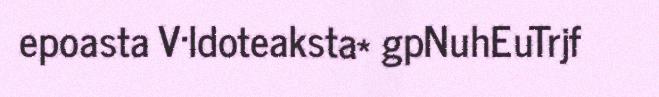
epoasta V·ldoteaksta* gpNuhEuTrjf